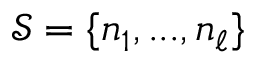
\mathcal { S } = \{ n _ { 1 } , . . . , n _ { \ell } \}